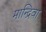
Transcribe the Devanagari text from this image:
मान्द्रिवा